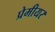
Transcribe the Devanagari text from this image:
प्रेमीयर